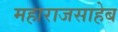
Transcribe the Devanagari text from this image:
महाराजसाहेब